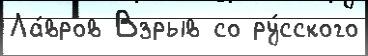
Ла́вров Взрыв со ру́сского